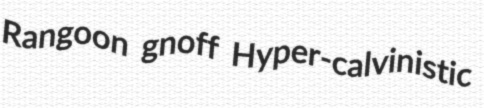
Rangoon gnoff Hyper-calvinistic